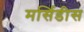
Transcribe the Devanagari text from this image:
मर्सिडीस